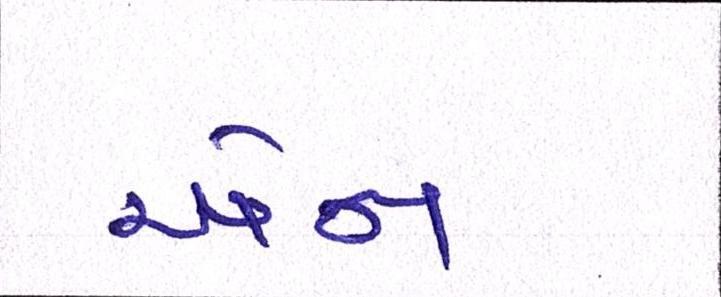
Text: એન